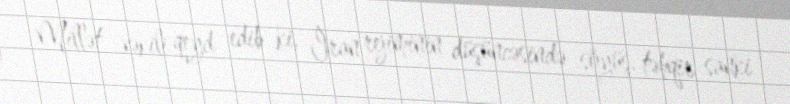
Millət vəkili qeyd edib ki, İran rejiminin düşüncəsində söyüş, təhqir sanki